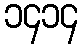
၁၄၁၄